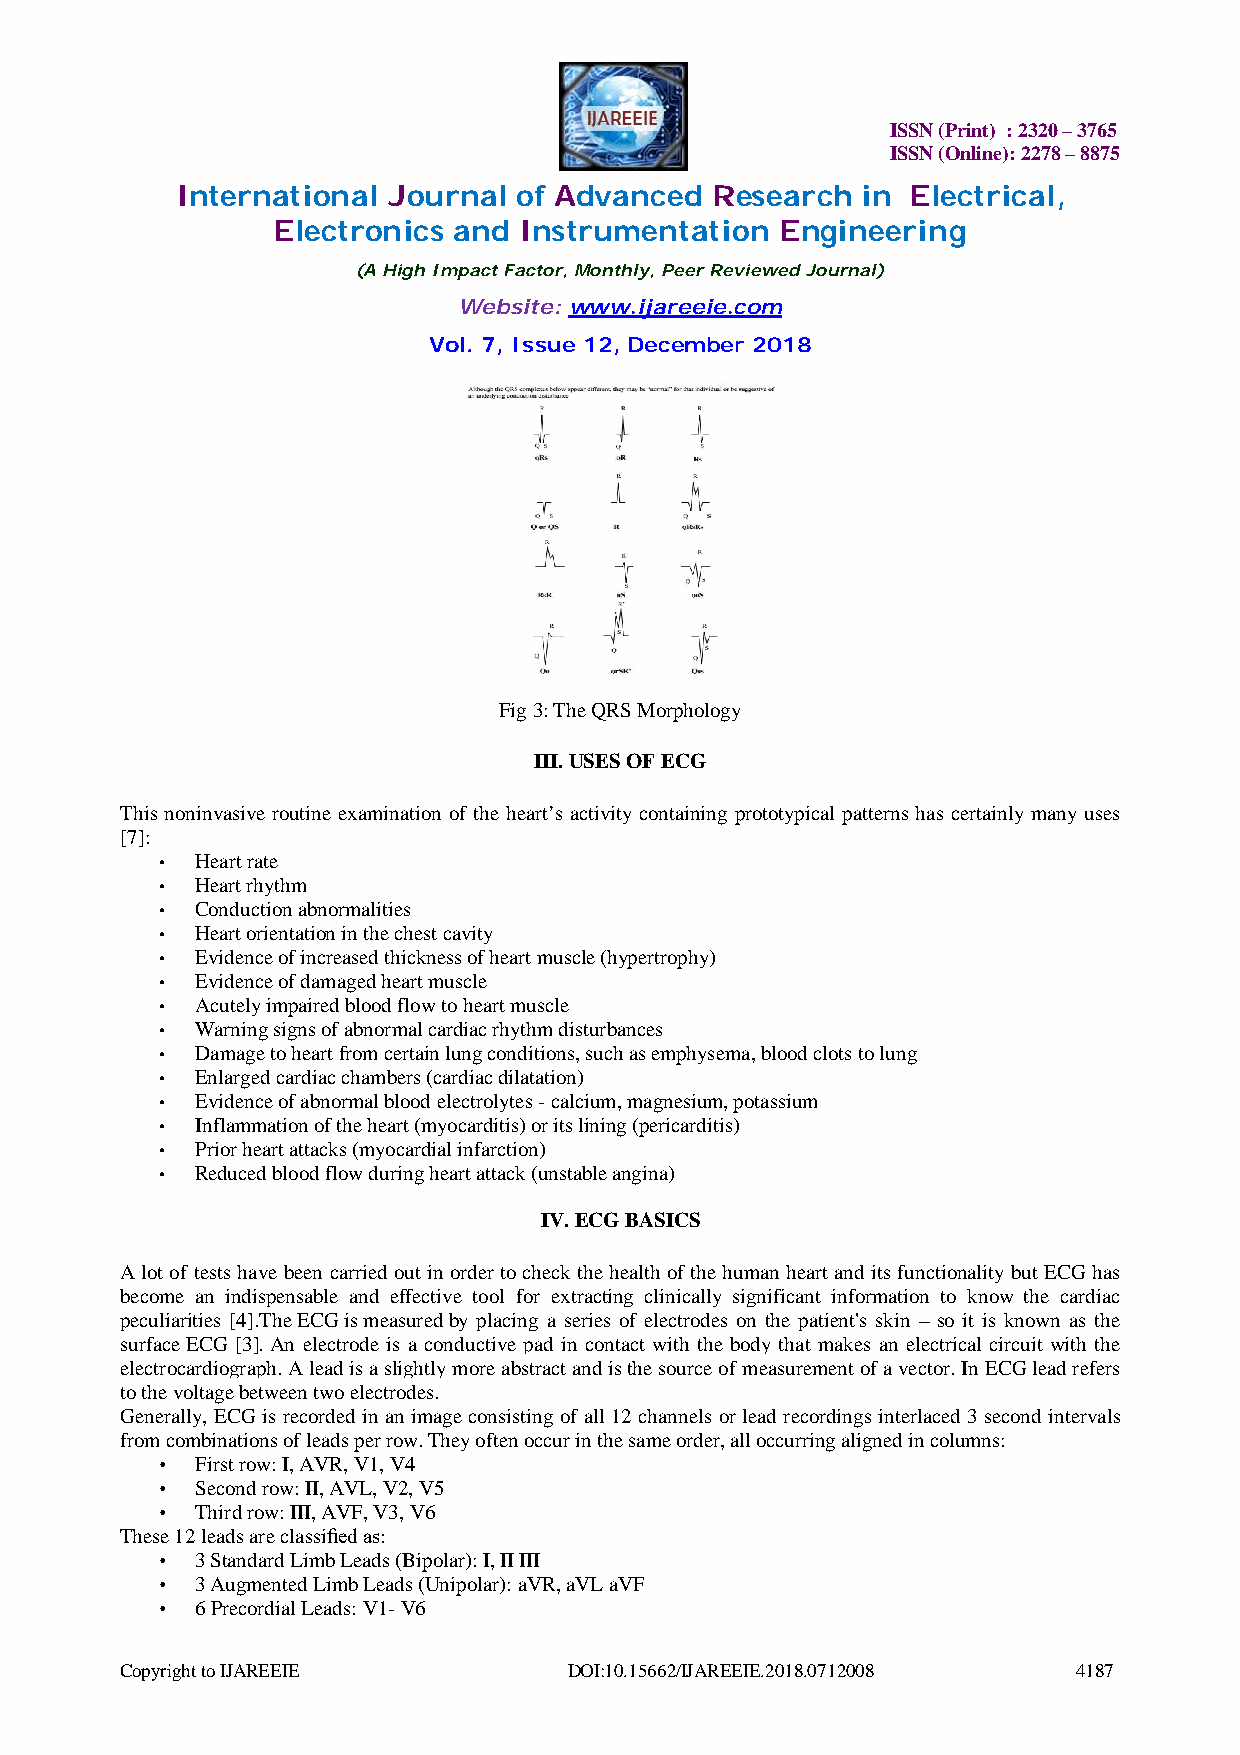
ISSN (Print) : 2320 – 3765
 ISSN (Online): 2278 – 8875
 International Journal of Advanced  Research  in Electrical,
 Electronics and Instrumentation   Engineering
 (A High Impact Factor, Monthly, Peer Reviewed Journal)
 Website: www.ijareeie.com
 Vol. 7, Issue 12, December 2018
 Fig 3: The QRS Morphology
 III. USES OF ECG
 This noninvasive routine examination of the heart’s activity containing prototypical patterns has certainly many uses
 [7]:
 •  Heart rate
 •  Heart rhythm
 •  Conduction abnormalities
 •  Heart orientation in the chest cavity
 •  Evidence of increased thickness of heart muscle (hypertrophy)
 •  Evidence of damaged heart muscle
 •  Acutely impaired blood flow to heart muscle
 •  Warning signs of abnormal cardiac rhythm disturbances
 •  Damage to heart from certain lung conditions, such as emphysema, blood clots to lung
 •  Enlarged cardiac chambers (cardiac dilatation)
 •  Evidence of abnormal blood electrolytes - calcium, magnesium, potassium
 •  Inflammation of the heart (myocarditis) or its lining (pericarditis)
 •  Prior heart attacks (myocardial infarction)
 •  Reduced blood flow during heart attack (unstable angina)
 IV. ECG BASICS
 A lot of tests have been carried out in order to check the health of the human heart and its functionality but ECG has
 become an indispensable and effective tool for extracting clinically significant information to know the cardiac
 peculiarities [4].The ECG is measured by placing a series of electrodes on the patient's skin – so it is known as the
 surface ECG [3]. An electrode is a conductive pad in contact with the body that makes an electrical circuit with the
 electrocardiograph. A lead is a slightly more abstract and is the source of measurement of a vector. In ECG lead refers
 to the voltage between two electrodes.
 Generally, ECG is recorded in an image consisting of all 12 channels or lead recordings interlaced 3 second intervals
 from combinations of leads per row. They often occur in the same order, all occurring aligned in columns:
 •  First row: I, AVR, V1, V4
 •  Second row: II, AVL, V2, V5
 •  Third row: III, AVF, V3, V6
 These 12 leads are classified as:
 •  3 Standard Limb Leads (Bipolar): I, II III
 •  3 Augmented Limb Leads (Unipolar): aVR, aVL aVF
 •  6 Precordial Leads: V1- V6
 Copyright to IJAREEIE         DOI:10.15662/IJAREEIE.2018.0712008 4187